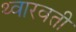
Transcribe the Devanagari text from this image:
थ्वारवती